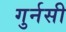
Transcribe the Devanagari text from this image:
गुर्नसी